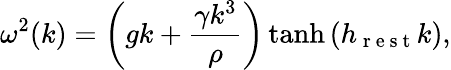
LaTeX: \omega^{2}(k)=\left(gk+\frac{\gamma k^{3}}{\rho}\right)\operatorname{tanh}{\left(h_{\mathrm{~r~e~s~t~}}k\right)},